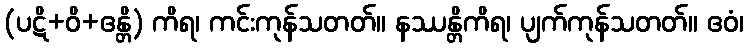
(ပဋိ+ဝိ+ဧန္တိ) ကိရ၊ ကင်းကုန်သတတ်။ နဿန္တိကိရ၊ ပျက်ကုန်သတတ်။ ဧဝံ၊